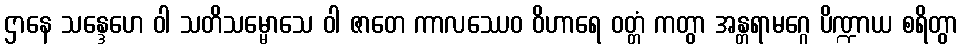
ဌာနေ သန္ဒေဟေ ဝါ သတိသမ္မောသေ ဝါ ဇာတေ ကာလဿေဝ ဝိဟာရေ ဝတ္တံ ကတွာ အန္တရာမဂ္ဂေ ပိဏ္ဍာယ စရိတွာ